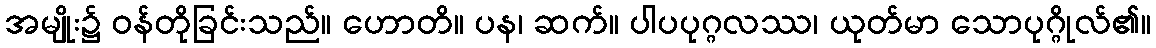
အမျိုး၌ ဝန်တိုခြင်းသည်။ ဟောတိ။ ပန၊ ဆက်။ ပါပပုဂ္ဂလဿ၊ ယုတ်မာ သောပုဂ္ဂိုလ်၏။